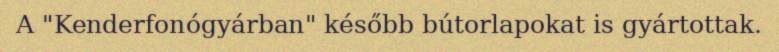
A "Kenderfonógyárban" később bútorlapokat is gyártottak.